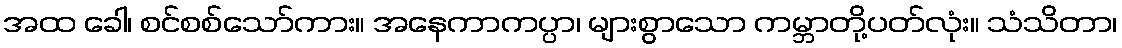
အထ ခေါ၊ စင်စစ်သော်ကား။ အနေကာကပ္ပာ၊ များစွာသော ကမ္ဘာတို့ပတ်လုံး။ သံသိတာ၊